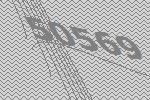
50569